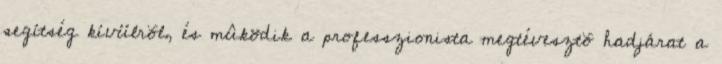
segítség kívülrõl, és mûködik a professzionista megtévesztõ hadjárat a